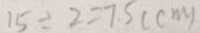
1 5 \div 2 = 7 . 5 ( c m )